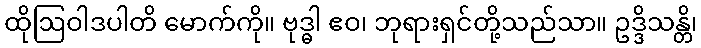
ထိုဩဝါဒပါတိ မောက်ကို။ ဗုဒ္ဓါ ဧဝ၊ ဘုရားရှင်တို့သည်သာ။ ဥဒ္ဒိသန္တိ၊